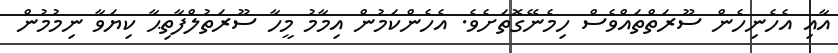
އާއި އެހެނިހެން ސޫރަތްތައްވެސް ހިމެނޭގޮތަށެވެ. އެހެންކަމުން އިމާމު މީހާ ސޫރަތުލްފާތިޙާ ކިޔަވާ ނިމުމުން